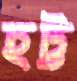
হট্ট